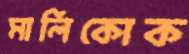
মালিকোক